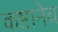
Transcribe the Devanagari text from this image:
कष्टानेच